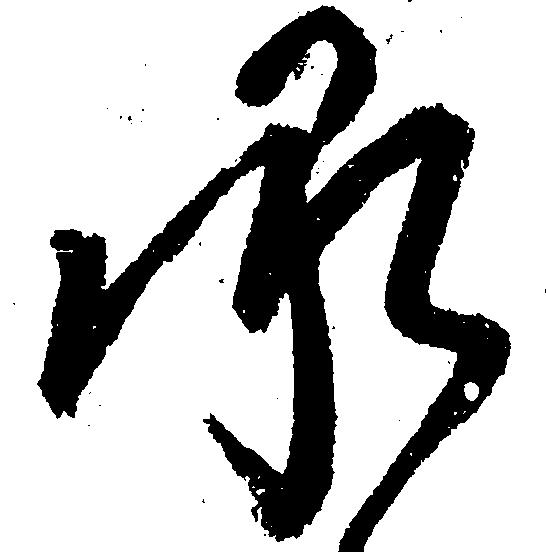
承